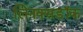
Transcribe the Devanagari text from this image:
लिनक्सडॉक